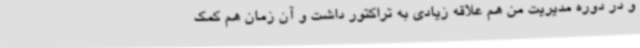
و در دوره مدیریت من هم علاقه زیادی به تراکتور داشت و آن زمان هم کمک